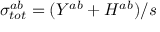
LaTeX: \sigma _ { t o t } ^ { a b } = ( Y ^ { a b } + H ^ { a b } ) / s